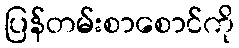
ပြန်တမ်းစာစောင်ကို